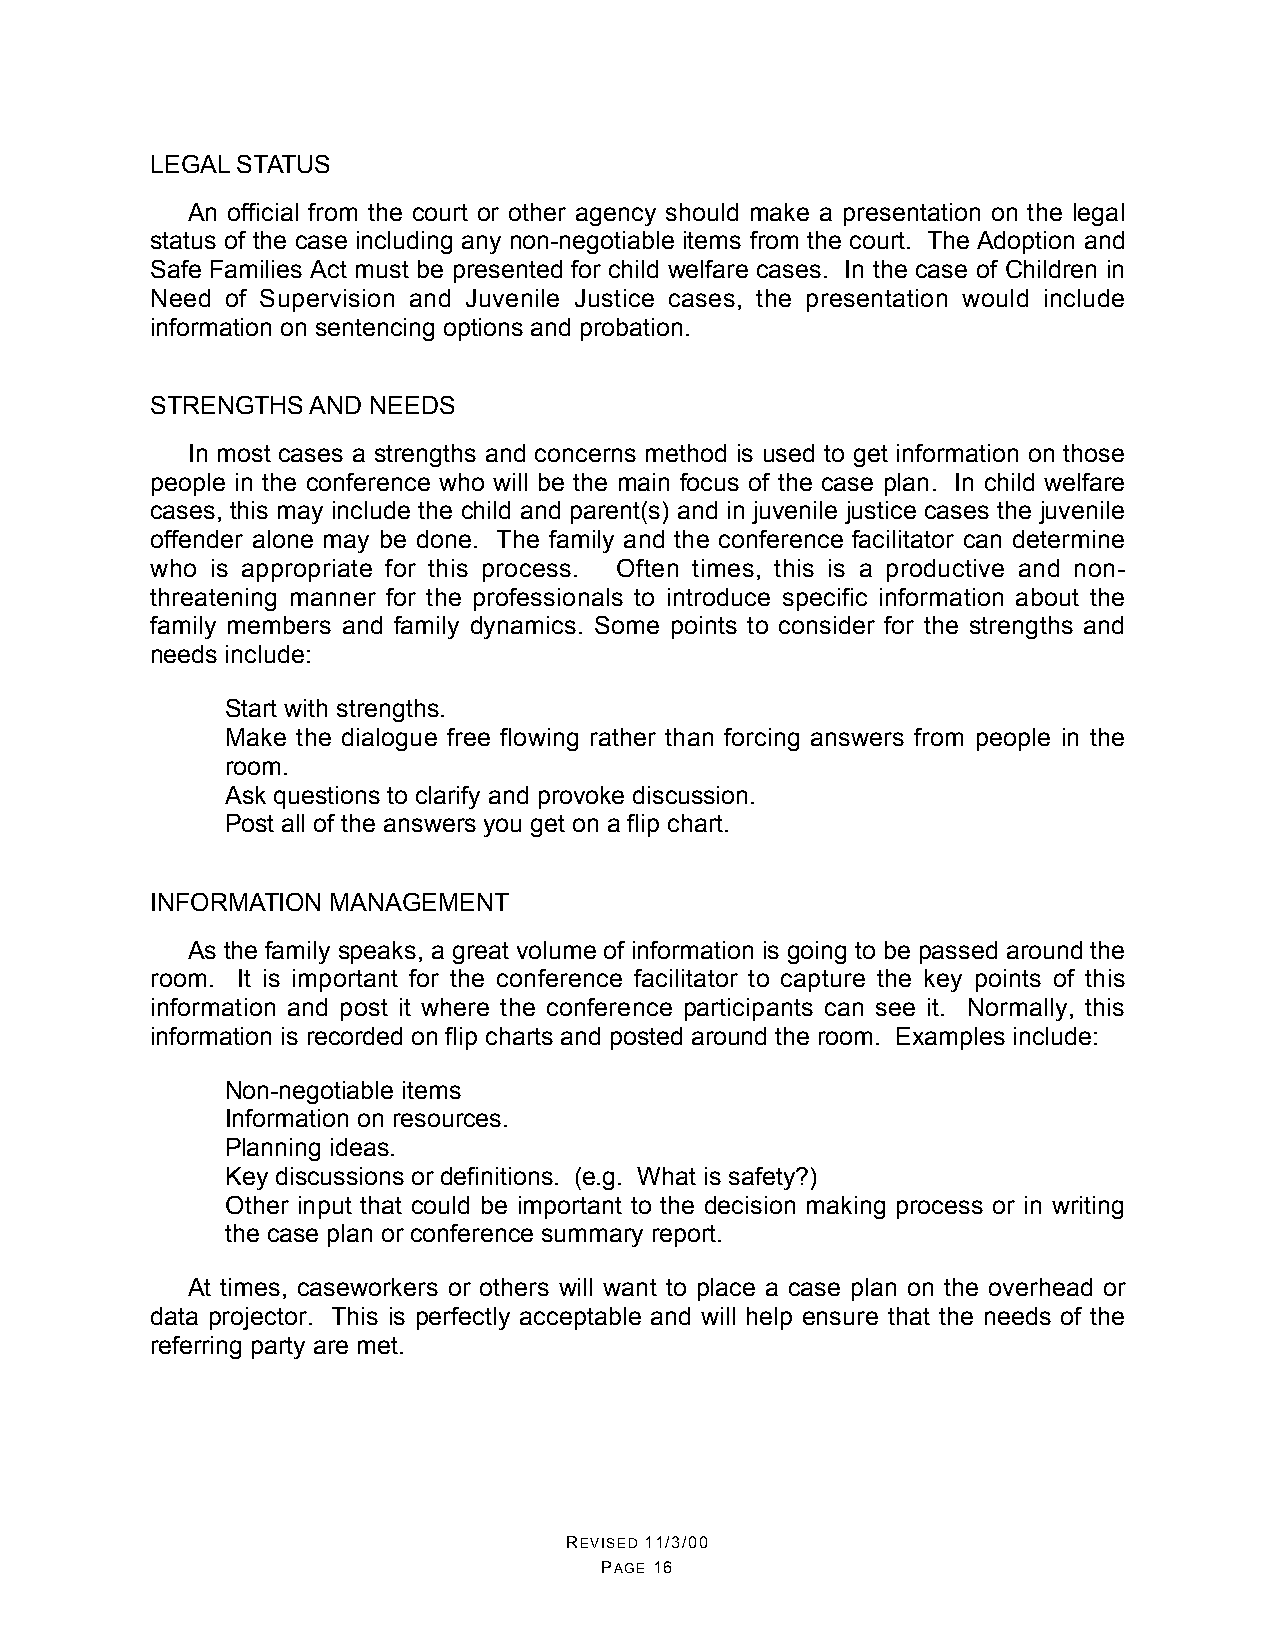
LEGAL STATUS
 An official from the court or other agency should make a presentation on the legal
 status of the case including any non-negotiable items from the court. The Adoption and
 Safe Families Act must be presented for child welfare cases. In the case of Children in
 Need of Supervision and Juvenile Justice cases, the presentation would include
 information on sentencing options and probation.
 STRENGTHS AND NEEDS
 In most cases a strengths and concerns method is used to get information on those
 people in the conference who will be the main focus of the case plan. In child welfare
 cases, this may include the child and parent(s) and in juvenile justice cases the juvenile
 offender alone may be done. The family and the conference facilitator can determine
 who is appropriate for this process. Often times, this is a productive and non-
 threatening manner for the professionals to introduce specific information about the
 family members and family dynamics. Some points to consider for the strengths and
 needs include:
 •  Start with strengths.
 •  Make the dialogue free flowing rather than forcing answers from people in the
 room.
 •  Ask questions to clarify and provoke discussion.
 •  Post all of the answers you get on a flip chart.
 INFORMATION MANAGEMENT
 As the family speaks, a great volume of information is going to be passed around the
 room. It is important for the conference facilitator to capture the key points of this
 information and post it where the conference participants can see it. Normally, this
 information is recorded on flip charts and posted around the room. Examples include:
 •  Non-negotiable items
 •  Information on resources.
 •  Planning ideas.
 •  Key discussions or definitions. (e.g. What is safety?)
 •  Other input that could be important to the decision making process or in writing
 the case plan or conference summary report.
 At times, caseworkers or others will want to place a case plan on the overhead or
 data projector. This is perfectly acceptable and will help ensure that the needs of the
 referring party are met.
 REVISED 11/3/00
 PAGE 16